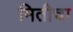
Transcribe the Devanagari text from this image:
मितीचा